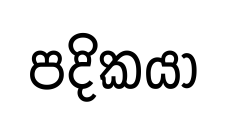
පදිකයා